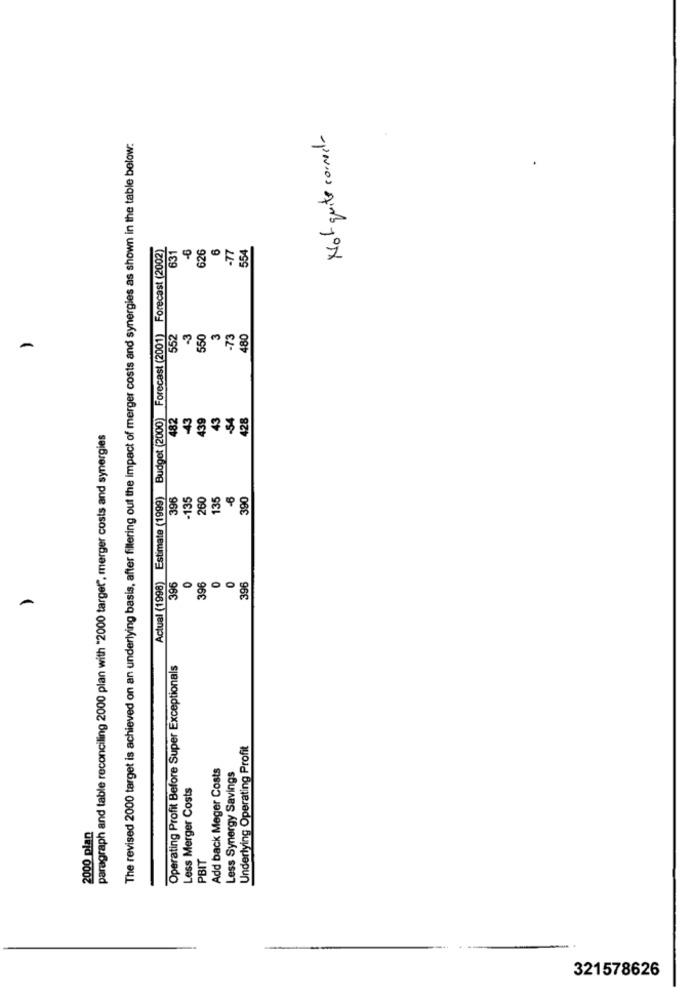
Not quite correcto
The revised 2000 target is achieved on an underlying basis, after filtering out the impact of merger costs and synergies as shown in the table below:
Actual (1998) Estimate (1999) Budget (2000) Forecast (2001) Forecast (2002)
626
6
-77
554
631
552
-3
650
3
-73
480
482
43
439
43
-54
428
paragraph and table reconciling 2000 plan with "2000 target", merger costs and synergies
396
-135
260
135
-6
390
0
0
396
396
396
Operating Profit Before Super Exceptionals
Underlying Operating Profit
Add back Meger Costs
Less Synergy Savings
Less Merger Costs
2000 plan
PBIT
321578626